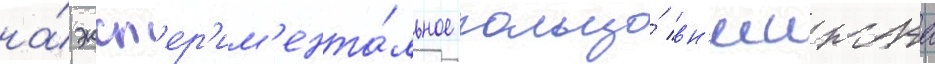
на́ эксп'ер'им'ента́льное кольцо́ вн'иижта